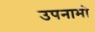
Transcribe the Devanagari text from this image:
उपनामो